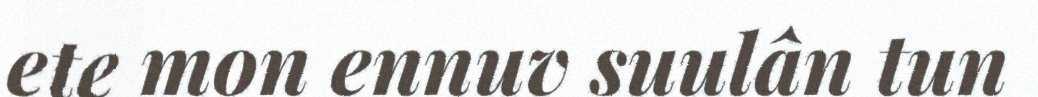
ete mon ennuv suulân tun